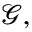
\mathcal { G } ,